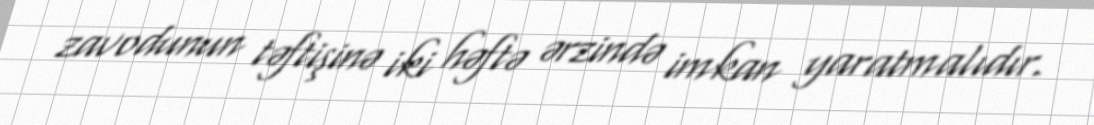
zavodunun təftişinə iki həftə ərzində imkan yaratmalıdır.